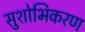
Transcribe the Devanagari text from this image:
सुशोभिकरण